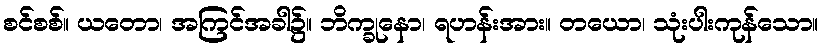
စင်စစ်။ ယတော၊ အကြင်အခါ၌။ ဘိက္ခုနော၊ ရဟန်းအား။ တယော၊ သုံးပါးကုန်သော။